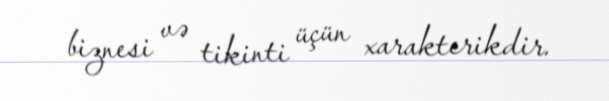
biznesi və tikinti üçün xarakterikdir.